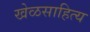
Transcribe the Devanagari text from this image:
खेळसाहित्य